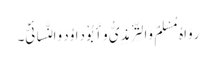
رَوَاہُ مُسْلِمٌ وَالتِّرْمِذِیُّ وَأَبُوْ دَاوُدَ وَالنَّسَائِیُّ۔